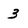
Character: 3